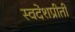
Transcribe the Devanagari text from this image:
स्वदेशप्रीती